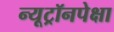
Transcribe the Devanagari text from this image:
न्यूट्रॉनपेक्षा